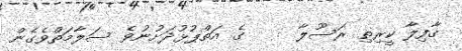
ޤާފިލާ ކީރިތި ރަސޫލާ     ގެ އަތްޕުޅުދަށުނުވެ ސަލާމަތްވެގެން